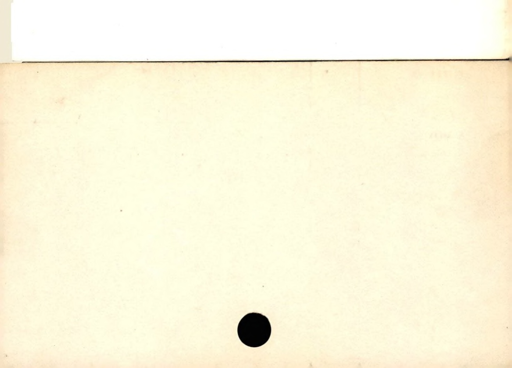
Label: blank